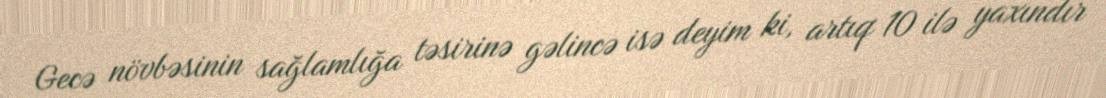
Gecə növbəsinin sağlamlığa təsirinə gəlincə isə deyim ki, artıq 10 ilə yaxındır